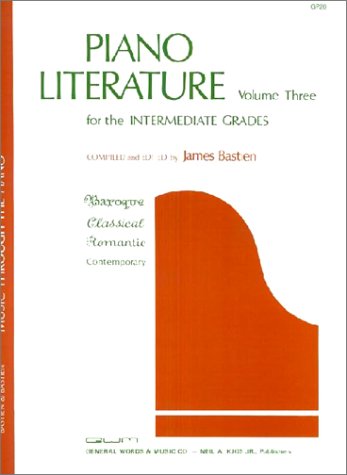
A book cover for Piano Literature, Vol. 3: For the Intermediate Grades; James Bastien; Children's Books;